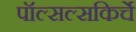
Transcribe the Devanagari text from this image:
पॉल्सल्सकिर्चे